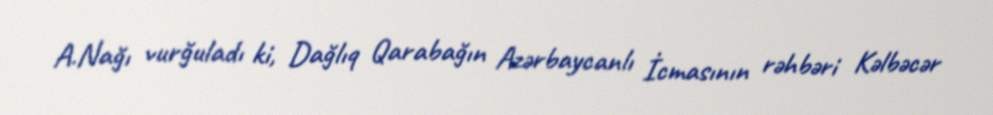
A.Nağı vurğuladı ki, Dağlıq Qarabağın Azərbaycanlı İcmasının rəhbəri Kəlbəcər